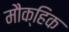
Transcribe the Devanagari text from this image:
मौक्हिक